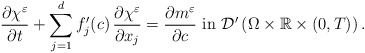
\begin{align*} \frac{\partial \chi^{\varepsilon}}{\partial t} +\displaystyle\sum_{j=1}^{d}f_{j}^{\prime}(c)\,\frac{\partial\chi^{\varepsilon}}{\partial x_{j}} = \frac{\partial m^{\varepsilon}}{\partial c}\,\,\mbox{in}\,\,\mathcal{D}^{\prime}\left(\Omega\times\mathbb{R}\times (0,T)\right). \end{align*}